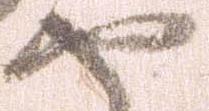
セ